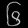
Digit: ၆